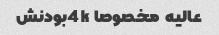
عالیه  مخصوصا 4kبودنش